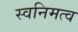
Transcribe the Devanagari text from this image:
स्वनिमत्व